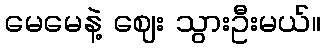
မေမေနဲ့ ဈေး သွားဦးမယ်။